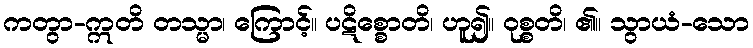
ကတွာ-ဣတိ တသ္မာ၊ ကြောင့်။ ပဋိစ္စောတိ၊ ဟူ၍။ ဝုစ္စတိ၊ ၏။ သွာယံ-သော